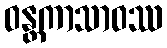
ဝန္တကာသာဝဿ